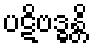
ပဋိဗဒ္ဓန္တိ